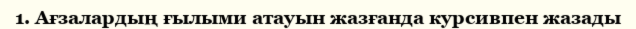
1. Ағзалардың ғылыми атауын жазғанда курсивпен жазады